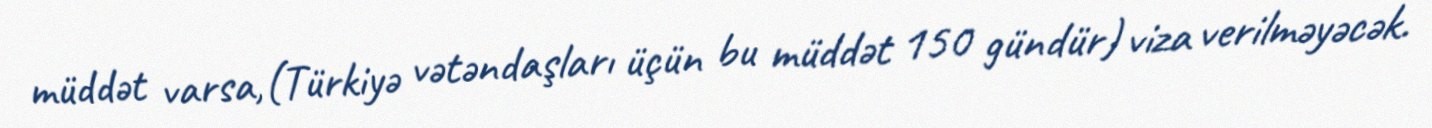
müddət varsa,(Türkiyə vətəndaşları üçün bu müddət 150 gündür) viza verilməyəcək.